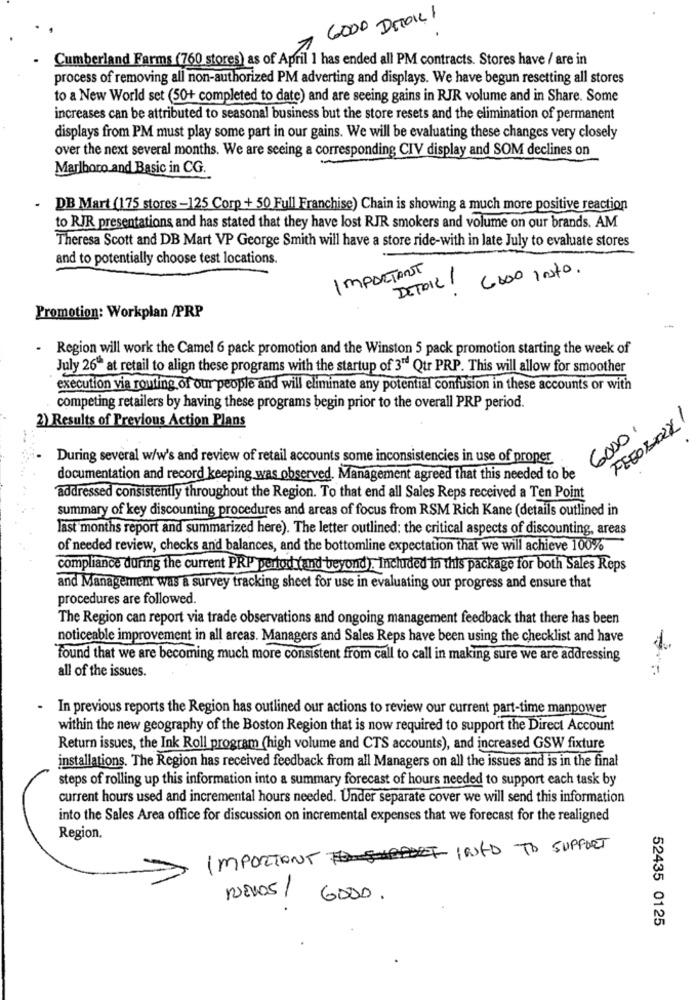
GOOD DETOIL !
Cumberland Farms (760 stores) as of April 1 has ended all PM contracts. Stores have / are in
process of removing all non-authorized PM adverting and displays. We have begun resetting all stores
to a New World set (50+ completed to date) and are seeing gains in RJR volume and in Share. Some
increases can be attributed to seasonal business but the store resets and the elimination of permanent
displays from PM must play some part in our gains. We will be evaluating these changes very closely
over the next several months. We are seeing a corresponding CIV display and SOM declines on
Marlboro and Basic in CG.
DB Mart (175 stores-125 Corp + 50 Full Franchise) Chain is showing a much more positive reaction
to RJR presentations and has stated that they have lost RJR smokers and volume on our brands. AM
Theresa Scott and DB Mart VP George Smith will have a store ride-with in late July to evaluate stores
and to potentially choose test locations.
IMPORTANT
DETAIL /
Gooo Into.
Promotion: Workplan /PRP
- Region will work the Camel 6 pack promotion and the Winston 5 pack promotion starting the week of
July 26" at retail to align these programs with the startup of 3" Qur PRP. This will allow for smoother
execution via routing of our people and will eliminate any potential confusion in these accounts or with
competing retailers by having these programs begin prior to the overall PRP period.
2) Results of Previous Action Plans
FEEOBORY
6000,
During several w/w's and review of retail accounts some inconsistencies in use of proper
documentation and record keeping was observed. Management agreed that this needed to be
addressed consistently throughout the Region. To that end all Sales Reps received a Ten Point
summary of key discounting procedures and areas of focus from RSM Rich Kane (details outlined in
last months report and summarized here). The letter outlined: the critical aspects of discounting, areas
of needed review, checks and balances, and the bottomline expectation that we will achieve 100%
compliance during the current PRP pertod (and beyond), Included in this package for both Sales Reps
and Management was a survey tracking sheet for use in evaluating our progress and ensure that
procedures are followed.
The Region can report via trade observations and ongoing management feedback that there has been
noticeable improvement in all areas. Managers and Sales Reps have been using the checklist and have
found that we are becoming much more consistent from call to call in making sure we are addressing
all of the issues.
- In previous reports the Region has outlined our actions to review our current part-time manpower
within the new geography of the Boston Region that is now required to support the Direct Account
Return issues, the Ink Roll program (high volume and CTS accounts), and increased GSW fixture
installations. The Region has received feedback from all Managers on all the issues and is in the final
steps of rolling up this information into a summary forecast of hours needed to support each task by
current hours used and incremental hours needed. Under separate cover we will send this information
into the Sales Area office for discussion on incremental expenses that we forecast for the realigned
Region.
IMPORTANT INFO TO SUPPORT
NUEVOS /
6000.
52435 0125